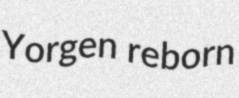
Yorgen reborn